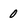
Character: 0